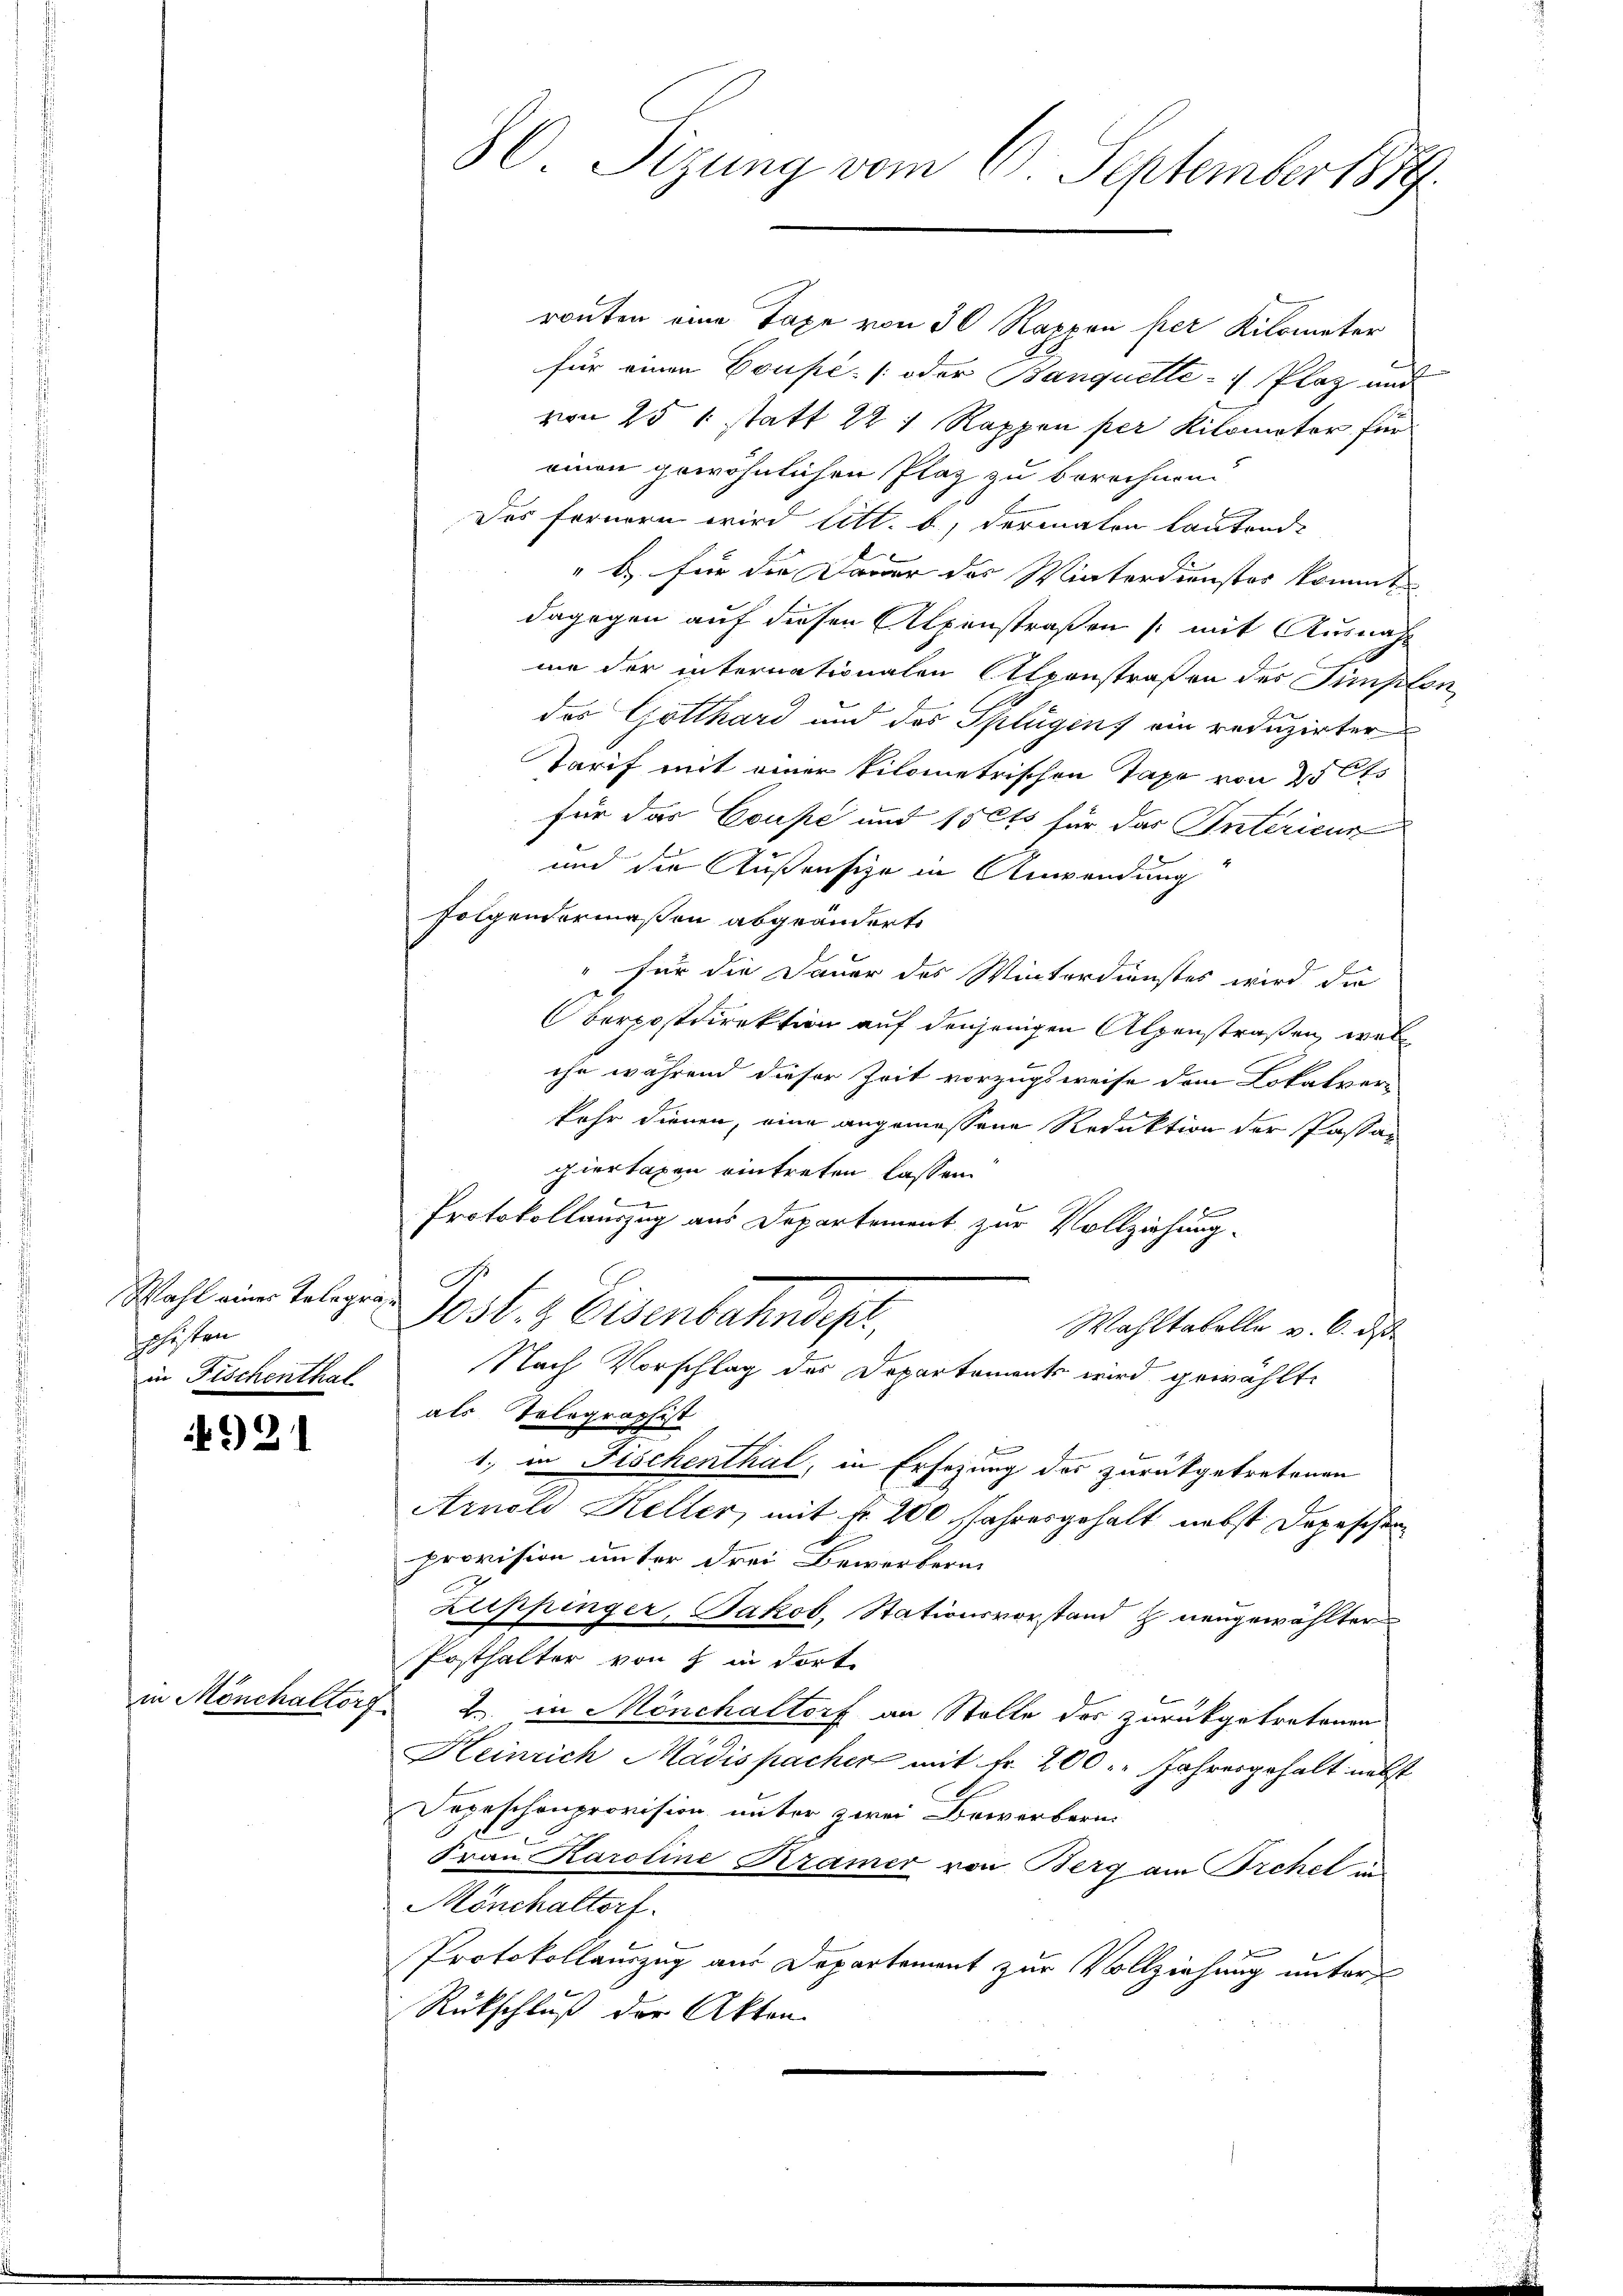
Wahl einer Telegras
Jaisten
in Fischenthal

4921

80. Sizung vom 6. September 1889.

routen eine Taxe von 30 Rappen per Kilometer
für einen Coupé [oder Banquette Plaz und
von 25 1 statt 22 1 Rappen per Kilometer für
einen gewöhnlichen Plaz zu berechnen
Das fernern wird litt. b, dermalen lautende
" b.) für die Dauer des Winterdienster kommt
dagegen auf diesen Alpenstraßen [mit Ausnahme der internationalen Alpenstraßen des Simplon
des Gotthard und des Splügens ein reduzirter
Tarif mit einer tilometrischen Tage von 25 Cts
für das Coupé und 150 15 für das Intericun
und die Außersie in Anwendung
folgendermaßen abgeändert.
" für die Dauer des Winterdienstes wird die
Oberpostdirektion auf denjenigen Alpenstraßen, welc
ihe während dieser Zeit vorzugsweise dem Lokalver-
kehr dienen, eine angemessene Reduktion der Passagiertaxen eintreten lassen

Protokollauszug aus Departement zur Vollziehung.
A
Post. & Eisenbahndepr
Wahltabelle v. 6. ds
Nach Vorschlag des Departements wird gewählte
als Tolographist
1., in Fischenthal, in Ersezung des zurückgetretenen
Arnold Keller, mit fr. 200 Jahresgehalt nebst Depeschen
provision unter drei Bewerbern
Zuppinger, Jakob Stationsvorstand & neugewählter
Posthalter von 8 in dort.
in Mönchaltorf 2. in Mönchaltorf an Stelle der zurückgetretenen
Keinrich Mädispacher mit Fr. 200. Jahresgehalt nebst
Depeschenprovision unter zwei Bewerbern.
8
Frau Karoline Kramer von Berg am Prehel in
Mönchaltorf.
Protokollauszug aus Departement zur Vollziehung unters
Rückschluß der Akten.